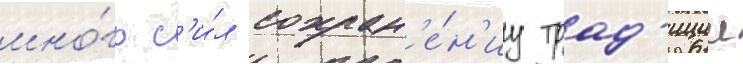
мно́го с'и́л сохран'е́н'иу трад'иции